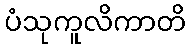
ပံသုကူလိကာတိ